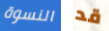
النسوة قد